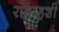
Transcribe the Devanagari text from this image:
रानम्हशी